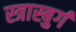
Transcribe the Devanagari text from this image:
स्त्रास्बुर्ग